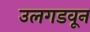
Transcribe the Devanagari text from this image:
उलगडवून